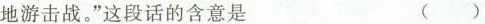
地游击战。”这段话的含意是 ()